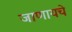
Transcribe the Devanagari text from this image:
जाणायचे